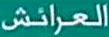
العرائش